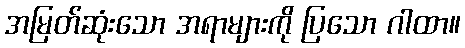
အမြတ်ဆုံးသော အရာများကို ပြသော ဂါထာ။